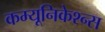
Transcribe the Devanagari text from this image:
कम्यूनिकेश्न्स